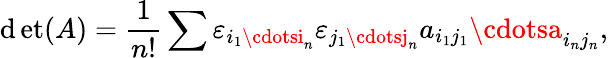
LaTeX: \operatorname*{\mathrm{d}et}(A)={\frac{{1}}{{n!}}}\sum\varepsilon_{i_{1}\cdotsi_{n}}\varepsilon_{j_{1}\cdotsj_{n}}a_{i_{1}j_{1}}\cdotsa_{i_{n}j_{n}},